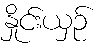
နှိုင်းယှဉ်